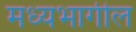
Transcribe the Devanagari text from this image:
मध्यभागील